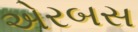
એરબસ